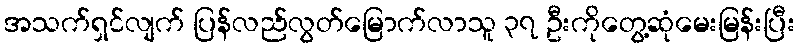
အသက်ရှင်လျက် ပြန်လည်လွတ်မြောက်လာသူ ၃၇ ဦးကိုတွေ့ဆုံမေးမြန်းပြီး